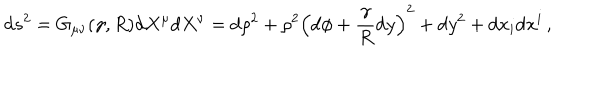
LaTeX: \mathrm { d } s ^ { 2 } = G _ { \mu \nu } ( \gamma , R ) \mathrm { d } X ^ { \mu } \mathrm { d } X ^ { \nu } = \mathrm { d } \rho ^ { 2 } + \rho ^ { 2 } \left( \mathrm { d } \phi + { \frac { \gamma } { R } } \mathrm { d } y \right) ^ { 2 } + \mathrm { d } y ^ { 2 } + \mathrm { d } x _ { i } \mathrm { d } x ^ { i } \, ,